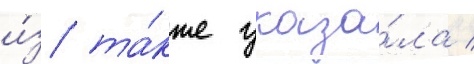
и́з та́кже указа́ла /